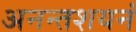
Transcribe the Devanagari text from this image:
अनन्तशयनं